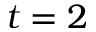
t = 2